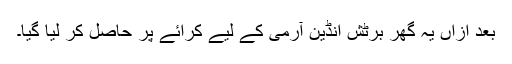
بعد ازاں یہ گھر برٹش انڈین آرمی کے لیے کرائے پر حاصل کر لیا گیا۔